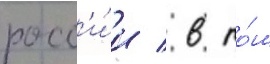
росс'и́и / в то́м